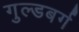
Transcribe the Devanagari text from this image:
गुल्डबर्ग